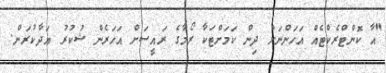
"އާ ކޮންޓްރެކްޓެއް އަހަންނަށް ދިން ކަމަށްޓަކާ ރޯމާގެ ރައީސަށް އަހަރެން ޝުކުރު އަދާކުރަން.